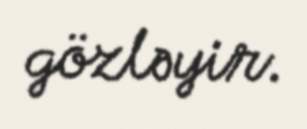
gözləyir.